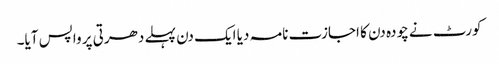
کورٹ نے چودہ دن کا اجازت نامہ دیا ایک دن پہلے دھرتی پر واپس آیا۔